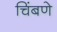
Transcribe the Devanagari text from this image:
चिंबणे